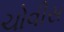
ચોવીસ